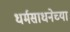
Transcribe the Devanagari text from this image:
धर्मसाधनेच्या